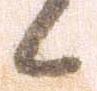
候